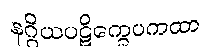
နဂ္ဂိယပဋိက္ခေပကထာ